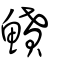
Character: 鱝